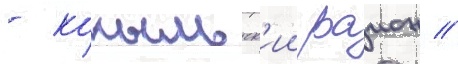
- копыльск'ии раион //